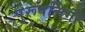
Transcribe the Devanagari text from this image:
पुरूषलिंगी